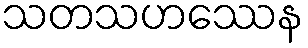
သတသဟဿေန